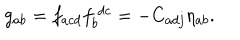
LaTeX: g _ { a b } = f _ { a c d } f _ { b } ^ { ~ d c } = - C _ { a d j } \eta _ { a b } .